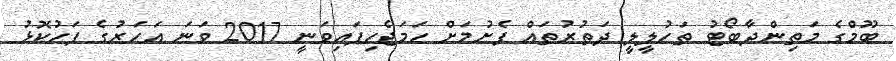
ބޫމްގެ މަތިންދާބޯޓު ތަހުލީލީ ދަތުރުތައް ފެށުމަށް ހަމަޖެހިފައިވަނީ 2017 ވަނަ އަހަރުގެ ފަހުކޮޅު